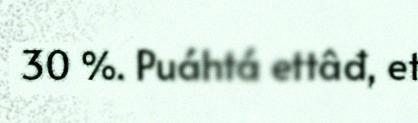
30 %. Puáhtá ettâđ, et